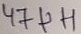
Text: 4771